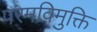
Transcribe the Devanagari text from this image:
परमविमुक्ति